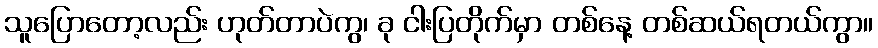
သူပြောတော့လည်း ဟုတ်တာပဲကွ၊ ခု ငါးပြတိုက်မှာ တစ်နေ့ တစ်ဆယ်ရတယ်ကွာ။